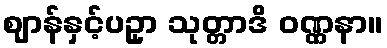
ဈာန်နှင့်ပဥှာ သုတ္တာဒိ ဝဏ္ဏနာ။